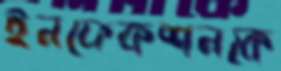
ইনফেকশনকে